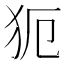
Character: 𤜸